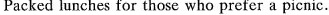
Packed lunches for those who prefer a picnic.